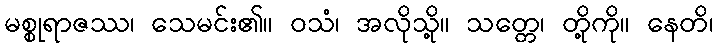
မစ္စုရာဇဿ၊ သေမင်း၏။ ဝသံ၊ အလိုသို့။ သတ္တေ၊ တို့ကို။ နေတိ၊